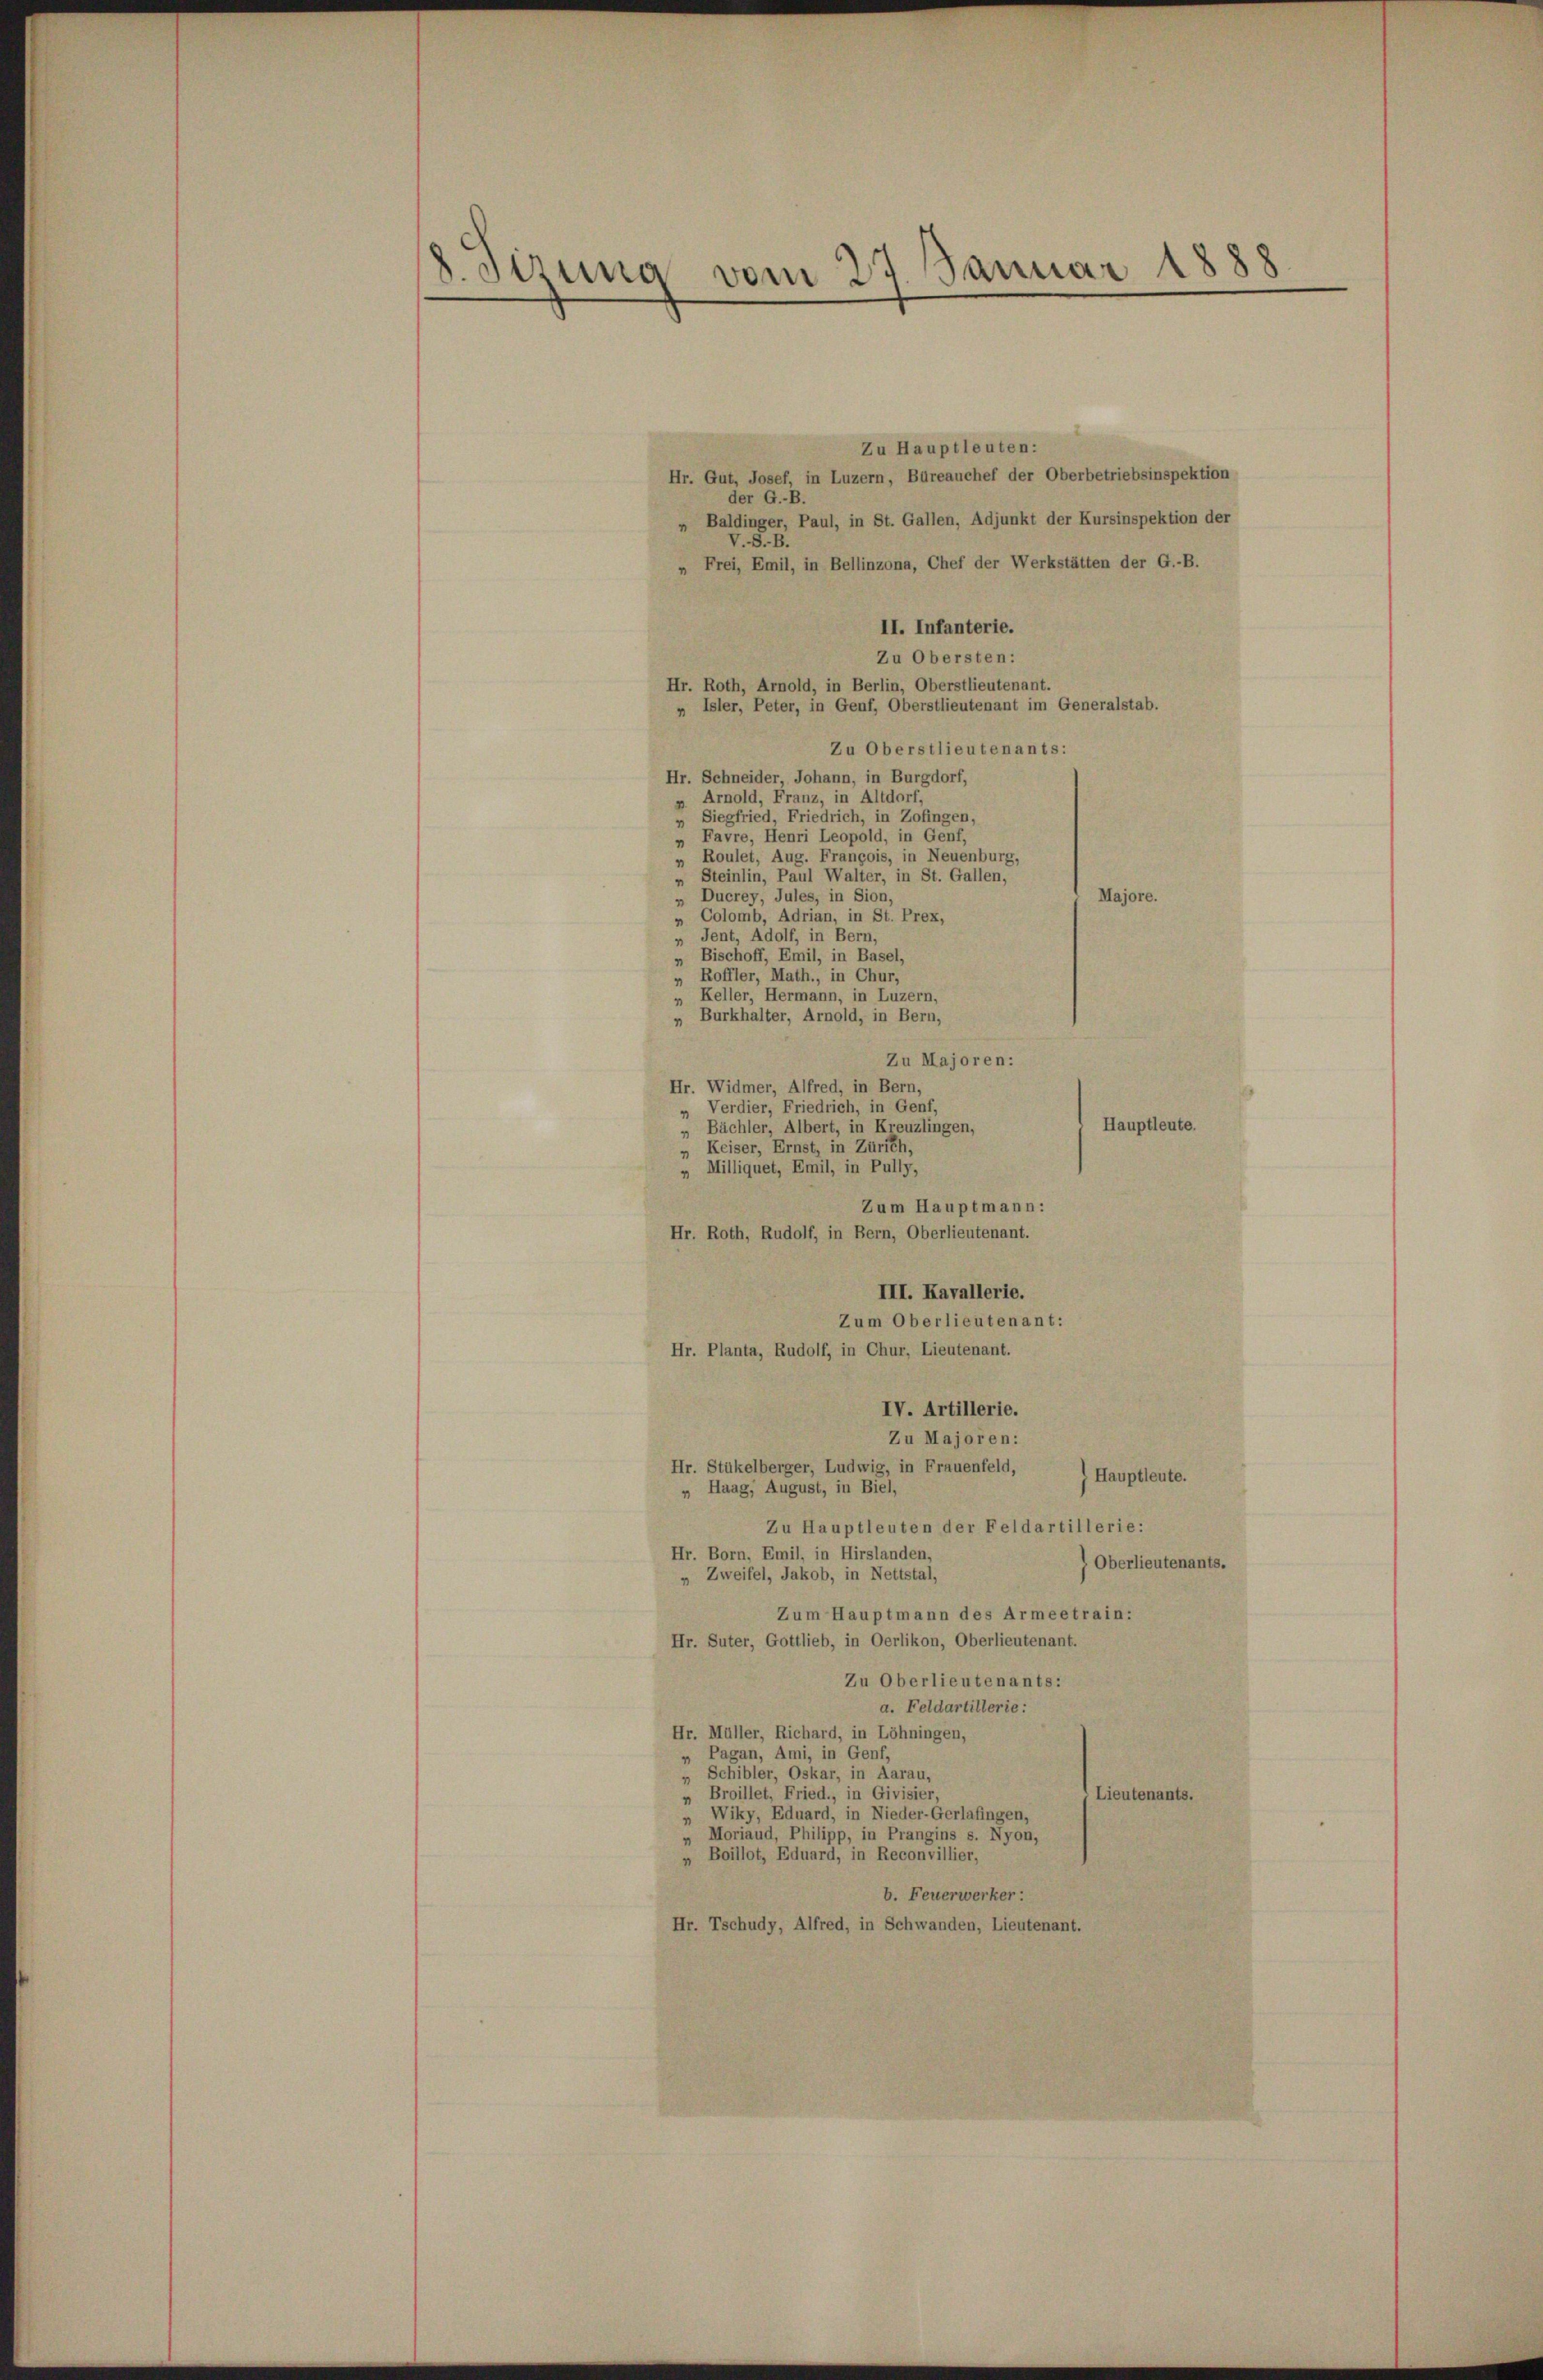
8. Sirung vom 27. Januar 1888

Zu Hauptleuten:
Hr. Gut, Josef, in Luzern, Büreauchef der Oberbetriebsinspektion
der G.-B.
Baldinger, Paul, in St. Gallen, Adjunkt der Kursinspektion der
V.S.B.
„ Frei, Emil, in Bellinzona, Chef der Werkstätten der G.-B.
II. Infanterie.
Zu Obersten:
Hr. Roth, Arnold, in Berlin, Oberstlieutenant.
 Isler, Peter, in Genf, Oberstlieutenant im Generalstab.
Zu Oberstlieutenants:
Hr. Schneider, Johann, in Burgdorf,
» Arnold, Franz, in Altdorf,
Siegfried, Friedrich, in Zofingen,
„ Favre, Henri Leopold, in Genf,
Roulet, Aug. François, in Neuenburg,
„ Steinlin, Paul Walter, in St. Gallen,
Majore.
„ Ducrey, Jules, in Sion,
Colomb, Adrian, in St. Prex,
„ Jent, Adolf, in Bern,
Bischoff, Emil, in Basel,
„ Roffler, Math., in Chur,
„ Keller, Hermann, in Luzern
„ Burkhalter, Arnold, in Bern,
Zu Majoren:
» Verdier, Friedrich, in Genf,
Hauptleute.
„ Bächler, Albert, in Kreuzlingen,
„ Keiser, Ernst, in Zürich,
„ Milliquet, Emil, in Pully,
Zum Hauptmann:
Hr. Roth, Rudolf, in Bern, Oberlieutenant.
III. Kavallerie.
Zum Oberlieutenant:
Hr. Planta, Rudolf, in Chur, Lieutenant.
IV. Artillerie.
Zu Majoren:
Hr. Stükelberger, Ludwig, in Frauenfeld,
Hauptleute.
Haag, August, in Biel,
Zu Hauptleuten der Feldartillerie:
Hr. Born, Emil, in Hirslanden,
) Oberlieutenants.
„ Zweifel, Jakob, in Nettstal,
Zum Hauptmann des Armeetrain:
Hr. Suter, Gottlieb, in Oerlikon, Oberlieutenant.
Zu Oberlieutenants:
a. Feldartillerie:
Hr. Müller, Richard, in Löhningen,
„ Pagan, Ami, in Genf,
Schibler, Oskar, in Aarau,
Broillet, Fried., in Givisier,
Lieutenants.
» Wiky, Eduard, in Nieder-Gerlafingen,
„ Moriaud, Philipp, in Prangins s. Nyon,
„ Boillot, Eduard, in Reconvillier,
b. Feuerwerker:
Hr. Tschudy, Alfred, in Schwanden, Lieutenant.

Hr. Widmer, Alfred, in Bern,